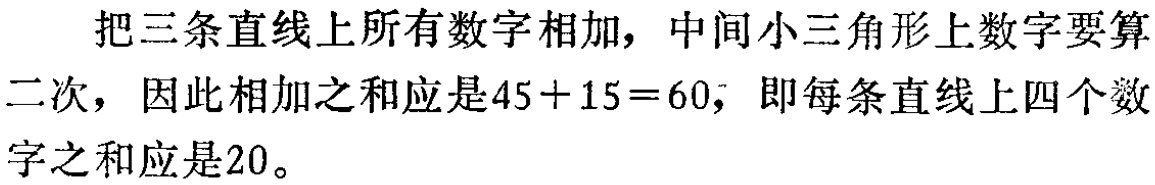
把三条直线上所有数字相加，中间小三角形上数字要算二次，因此相加之和应是\(45 + 15 = 60\)，即每条直线上四个数字之和应是\(20\)。